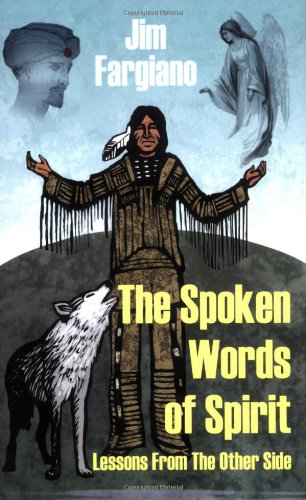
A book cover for The Spoken Words of Spirit: Lessons from the Other Side; Jim Fargiano; Health, Fitness & Dieting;